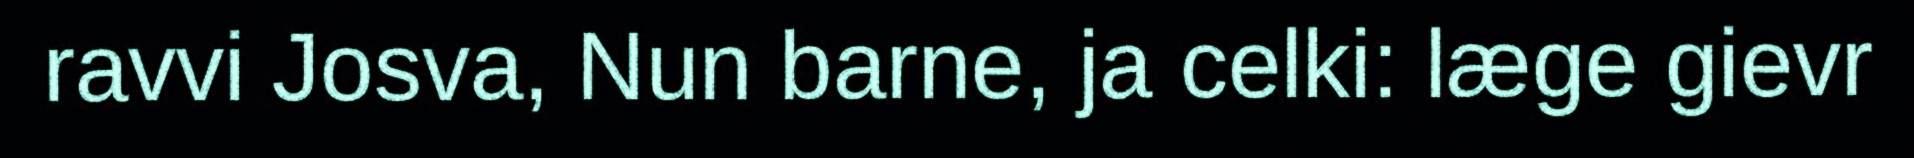
ravvi Josva, Nun barne, ja celki: læge gievr